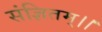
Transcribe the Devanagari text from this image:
संज्ञितम्।।